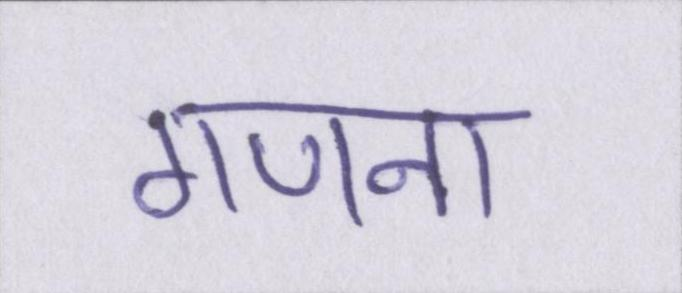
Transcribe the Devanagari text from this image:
गणना